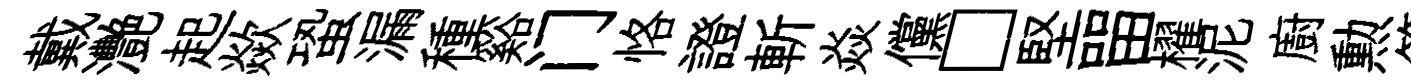
戴灧起歘蛩漏種谿门恪證斬焱儻□堅㽞櫂泥廚勲箱